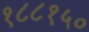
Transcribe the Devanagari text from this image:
१८८१५०